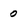
Character: 0